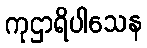
ကုဌာရိပါသေန